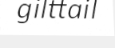
gilttail